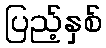
ပြည့်နှစ်